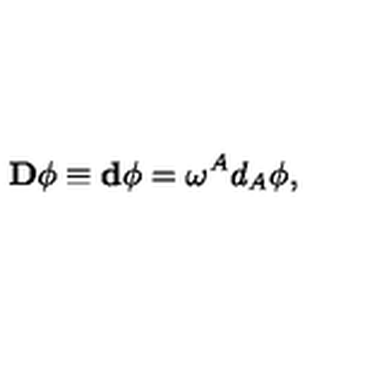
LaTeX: \mathbf { D } \phi \equiv \mathbf { d } \phi = \mathbf { \omega } ^ { A } d _ { A } \phi ,